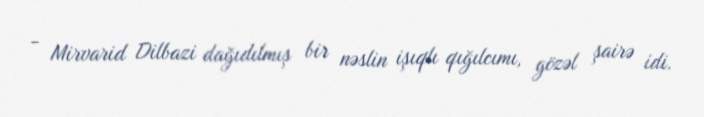
- Mirvarid Dilbazi dağıdılmış bir nəslin işıqlı qığılcımı, gözəl şairə idi.